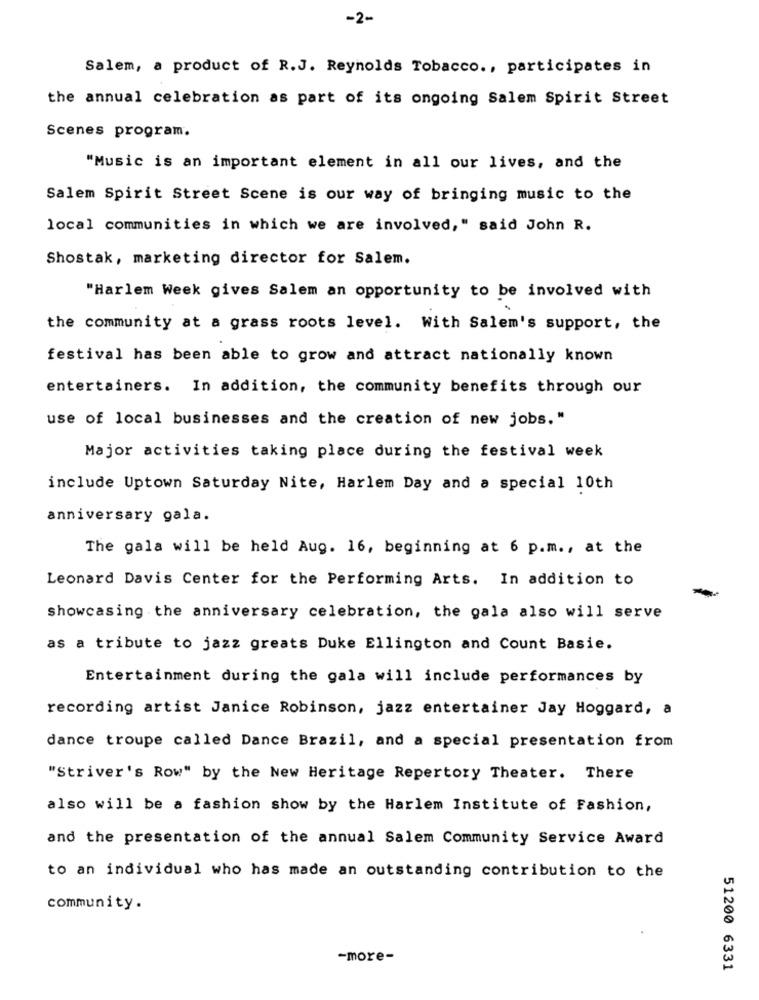
-2-
Salem, a product of R.J. Reynolds Tobacco ., participates in
the annual celebration as part of its ongoing Salem Spirit Street
Scenes program.
"Music is an important element in all our lives, and the
Salem Spirit Street Scene is our way of bringing music to the
local communities in which we are involved," said John R.
Shostak, marketing director for Salem.
"Harlem Week gives Salem an opportunity to be involved with
the community at a grass roots level. With Salem's support, the
festival has been able to grow and attract nationally known
entertainers. In addition, the community benefits through our
use of local businesses and the creation of new jobs."
Major activities taking place during the festival week
include Uptown Saturday Nite, Harlem Day and a special 10th
anniversary gala.
The gala will be held Aug. 16, beginning at 6 p.m ., at the
Leonard Davis Center for the Performing Arts. In addition to
showcasing the anniversary celebration, the gala also will serve
as a tribute to jazz greats Duke Ellington and Count Basie.
Entertainment during the gala will include performances by
recording artist Janice Robinson, jazz entertainer Jay Hoggard, a
dance troupe called Dance Brazil, and a special presentation from
"Striver's Row" by the New Heritage Repertory Theater. There
also will be a fashion show by the Harlem Institute of Fashion,
and the presentation of the annual Salem Community Service Award
to an individual who has made an outstanding contribution to the
community.
-more-
51200 6331